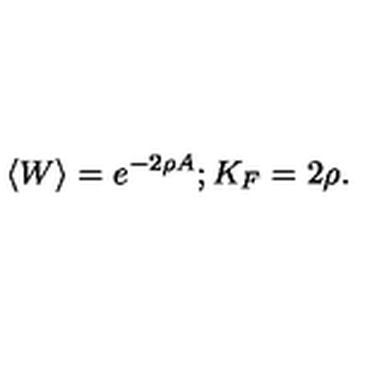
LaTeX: \langle W \rangle = e ^ { - 2 \rho A } ; K _ { F } = 2 \rho .